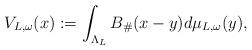
LaTeX: \begin{align*} V_{L,\omega}(x) := \int_{\Lambda_L} B_\#(x - y) d \mu_{L,\omega}(y),\end{align*}